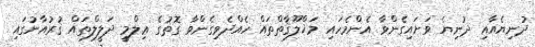
ދުނިޔެއާއި ދުނިޔެ ވަށައިގެންވާ އެންމެހައި މަޚްލޫޤާތްތައް ހެއްދެވިގެންވާ ގޮތުގެ ޢިލްމީ ދަލީލްތައް ޤުރުއާނުގައި